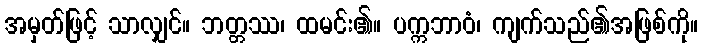
အမှတ်ဖြင့် သာလျှင်။ ဘတ္တဿ၊ ထမင်း၏။ ပက္ကဘာဝံ၊ ကျက်သည်၏အဖြစ်ကို။